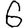
Digit: 6